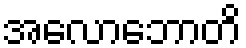
အလောဘောတိ